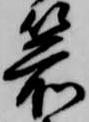
箭